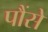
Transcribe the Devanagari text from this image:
पौंसे